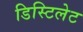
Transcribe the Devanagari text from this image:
डिस्टिलेट